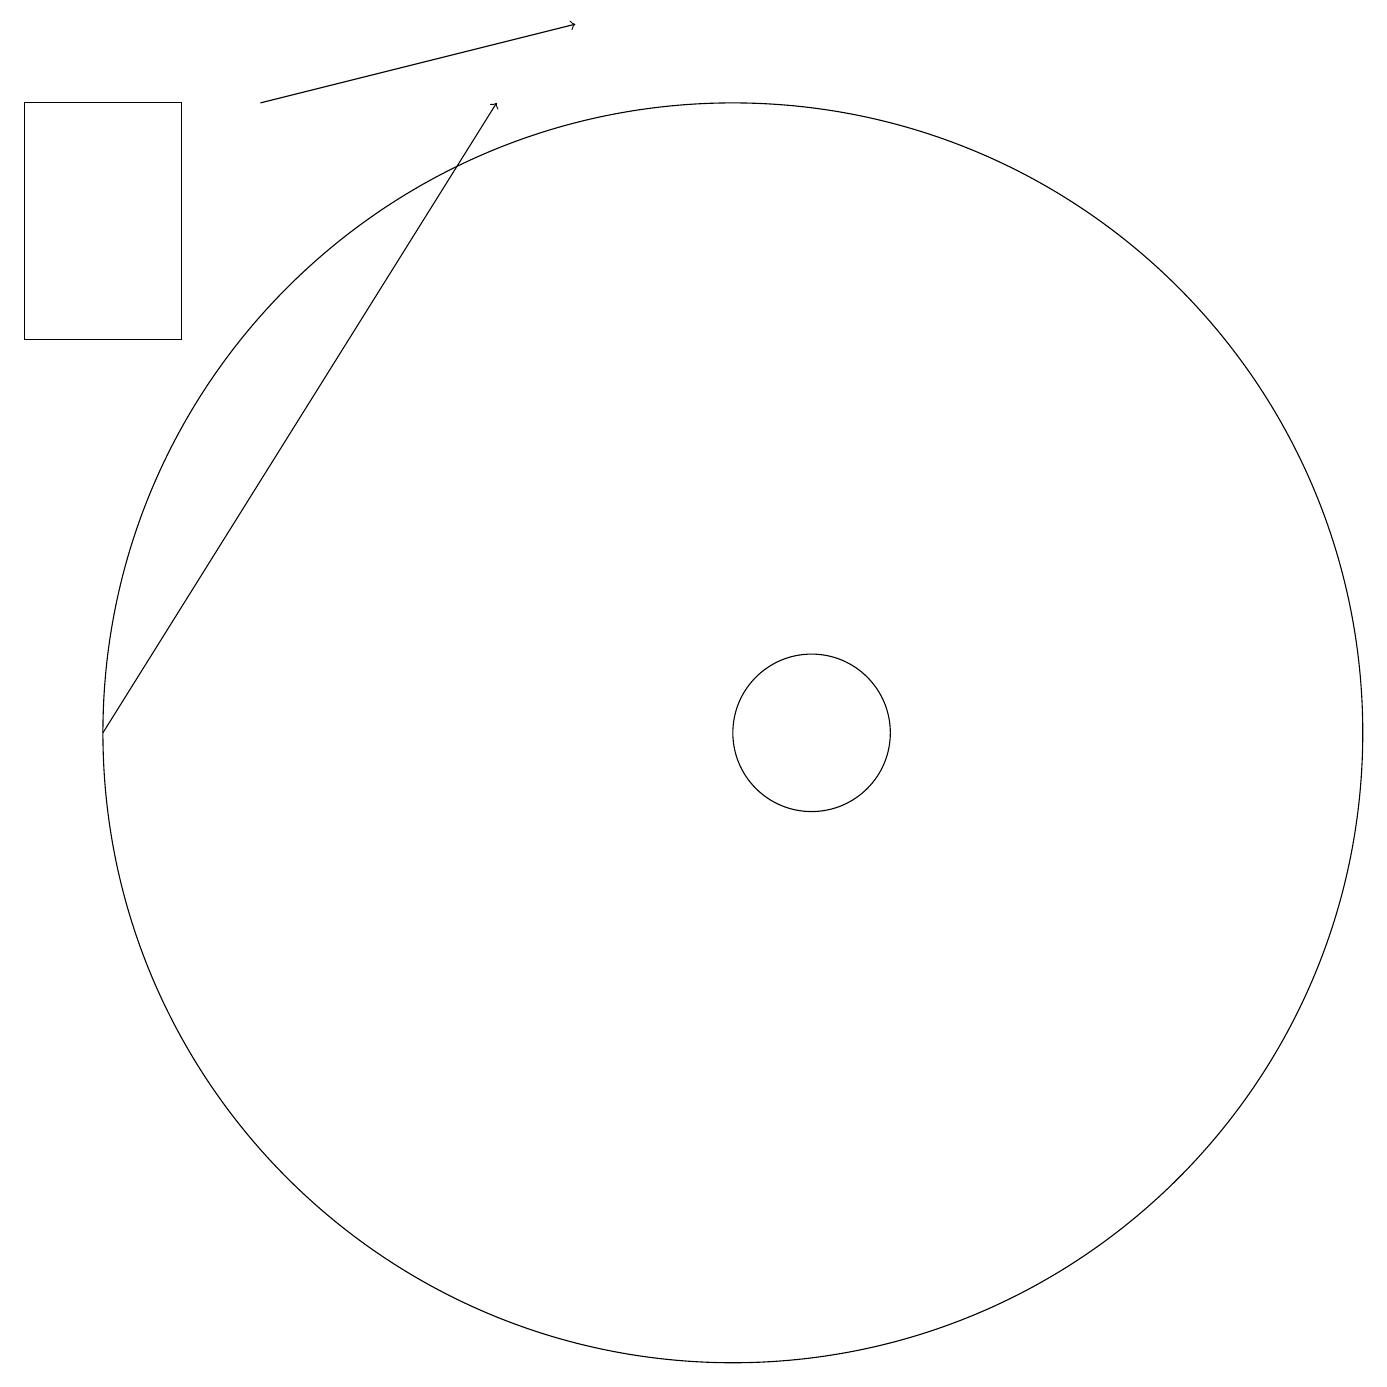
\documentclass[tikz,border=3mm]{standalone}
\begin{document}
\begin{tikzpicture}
\draw (2,15) rectangle (4,18);
\draw[->] (3,10) -- (8,18);
\draw (11,10) circle (8);
\draw[->] (5,18) -- (9,19);
\draw (12,10) circle (1);
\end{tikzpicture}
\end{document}